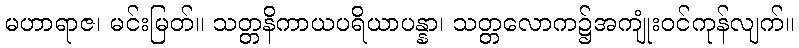
မဟာရာဇ၊ မင်းမြတ်။ သတ္တနိကာယပရိယာပန္နာ၊ သတ္တလောက၌အကျုံးဝင်ကုန်လျက်။